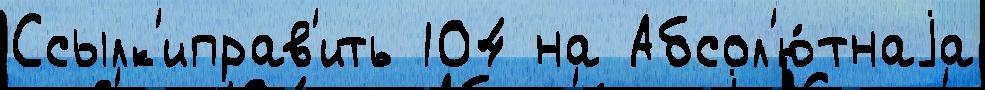
Ссылк'иправ'ить 104 на Абсол'ю́тнаjа